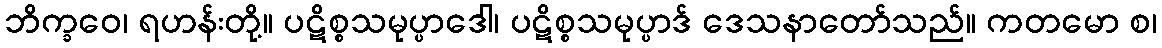
ဘိက္ခဝေ၊ ရဟန်းတို့။ ပဋိစ္စသမုပ္ပာဒေါ၊ ပဋိစ္စသမုပ္ပာဒ် ဒေသနာတော်သည်။ ကတမော စ၊